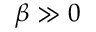
\beta \gg 0